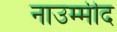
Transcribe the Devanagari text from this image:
नाउम्मीद